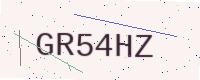
Text: GR54HZ